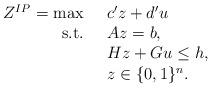
LaTeX: \begin{align*}\begin{array}{rl}Z^{IP} = \max \ \; & c'z + d'u \\\mbox{s.t.} \ \; & Az = b, \\& Hz + Gu \leq h, \\& z \in \{0,1\}^n.\end{array}\end{align*}